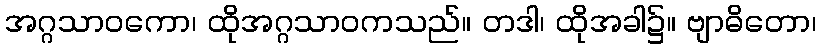
အဂ္ဂသာဝကော၊ ထိုအဂ္ဂသာဝကသည်။ တဒါ၊ ထိုအခါ၌။ ဗျာဓိတော၊